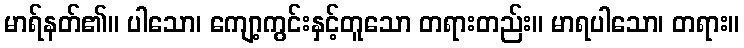
မာရ်နတ်၏။ ပါသော၊ ကျော့ကွင်းနှင့်တူသော တရားတည်း။ မာရပါသော၊ တရား။